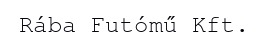
Rába Futómű Kft.